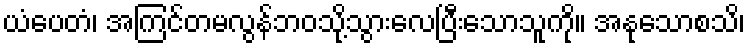
ယံပေတံ၊ အကြင်တမလွန်ဘဝသို့သွားလေပြီးသောသူကို။ အနုသောစသိ၊